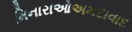
મિનારાઓઅમદાવાદ